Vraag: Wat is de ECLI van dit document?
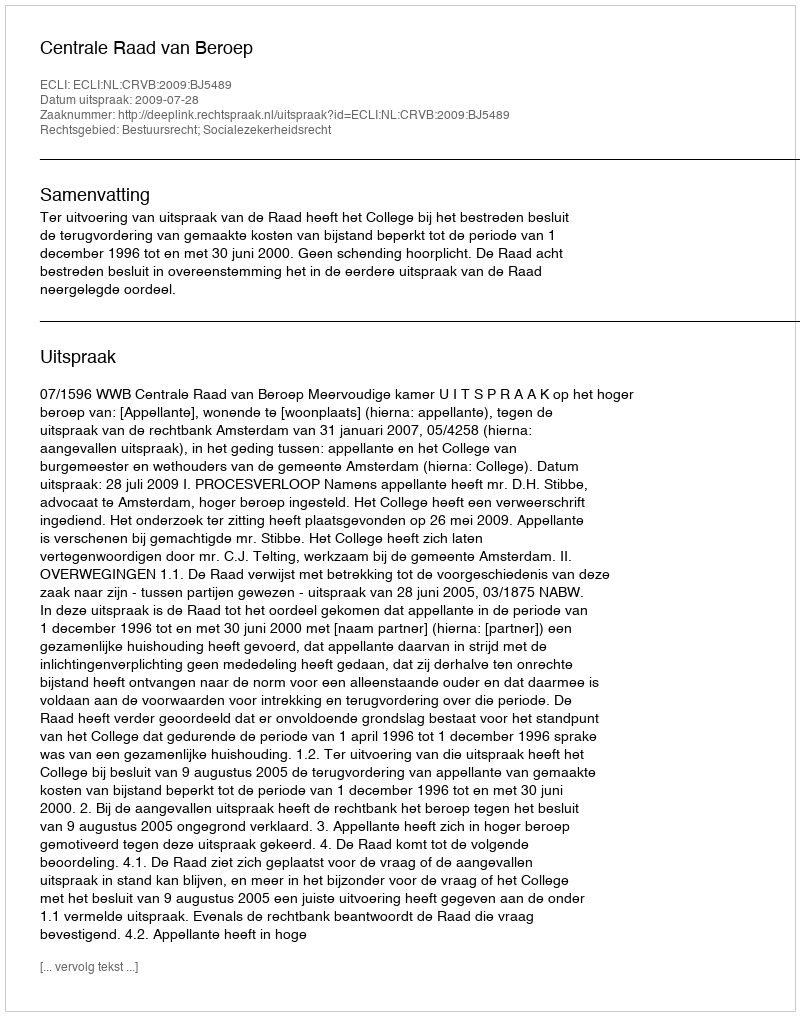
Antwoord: ECLI:NL:CRVB:2009:BJ5489